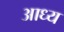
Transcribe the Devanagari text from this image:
आध्य